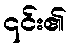
၎င်း၏